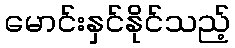
မောင်းနှင်နိုင်သည့်